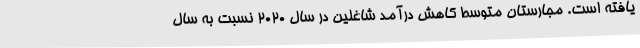
یافته است. مجارستان متوسط کاهش درآمد شاغلین در سال 2020 نسبت به سال